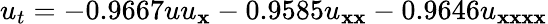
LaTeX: u_{t}=-0.9667uu_{\mathbf{x}}-0.9585u_{\mathbf{x}\mathbf{x}}-0.9646u_{\mathbf{x}\mathbf{x}\mathbf{x}\mathbf{x}}